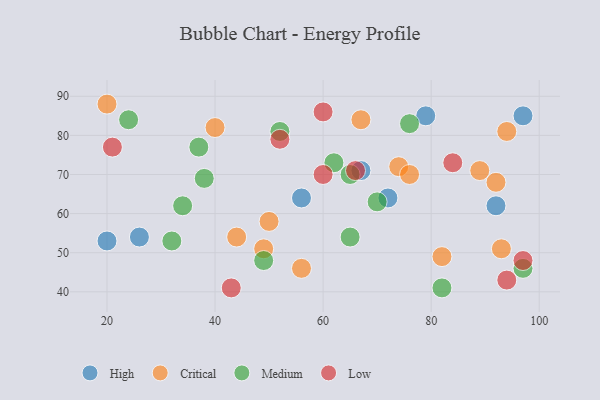
{"axis": {"x": "GDP", "y": "Life Expectancy"}, "legend": ["Critical", "High", "Low", "Medium"], "data": [{"x": "26", "y": 54, "type": "High"}, {"x": "79", "y": 85, "type": "High"}, {"x": "56", "y": 64, "type": "High"}, {"x": "72", "y": 64, "type": "High"}, {"x": "97", "y": 85, "type": "High"}, {"x": "67", "y": 71, "type": "High"}, {"x": "92", "y": 62, "type": "High"}, {"x": "20", "y": 53, "type": "High"}, {"x": "44", "y": 54, "type": "Critical"}, {"x": "92", "y": 68, "type": "Critical"}, {"x": "74", "y": 72, "type": "Critical"}, {"x": "20", "y": 88, "type": "Critical"}, {"x": "93", "y": 51, "type": "Critical"}, {"x": "67", "y": 84, "type": "Critical"}, {"x": "50", "y": 58, "type": "Critical"}, {"x": "49", "y": 51, "type": "Critical"}, {"x": "56", "y": 46, "type": "Critical"}, {"x": "89", "y": 71, "type": "Critical"}, {"x": "82", "y": 49, "type": "Critical"}, {"x": "76", "y": 70, "type": "Critical"}, {"x": "94", "y": 81, "type": "Critical"}, {"x": "40", "y": 82, "type": "Critical"}, {"x": "38", "y": 69, "type": "Medium"}, {"x": "70", "y": 63, "type": "Medium"}, {"x": "97", "y": 46, "type": "Medium"}, {"x": "65", "y": 70, "type": "Medium"}, {"x": "62", "y": 73, "type": "Medium"}, {"x": "37", "y": 77, "type": "Medium"}, {"x": "76", "y": 83, "type": "Medium"}, {"x": "65", "y": 54, "type": "Medium"}, {"x": "49", "y": 48, "type": "Medium"}, {"x": "82", "y": 41, "type": "Medium"}, {"x": "52", "y": 81, "type": "Medium"}, {"x": "24", "y": 84, "type": "Medium"}, {"x": "34", "y": 62, "type": "Medium"}, {"x": "32", "y": 53, "type": "Medium"}, {"x": "66", "y": 71, "type": "Low"}, {"x": "60", "y": 70, "type": "Low"}, {"x": "21", "y": 77, "type": "Low"}, {"x": "60", "y": 86, "type": "Low"}, {"x": "52", "y": 79, "type": "Low"}, {"x": "97", "y": 48, "type": "Low"}, {"x": "94", "y": 43, "type": "Low"}, {"x": "43", "y": 41, "type": "Low"}, {"x": "84", "y": 73, "type": "Low"}]}